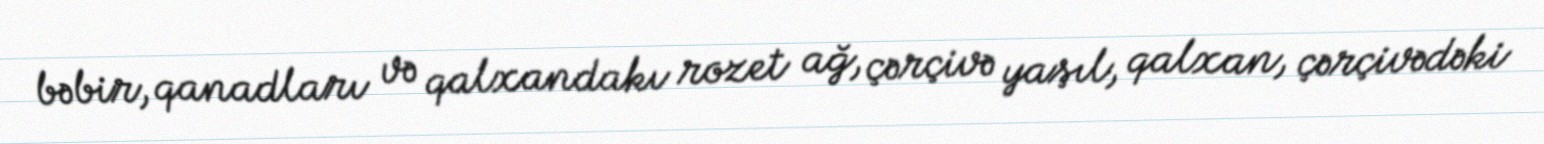
bəbir, qanadları və qalxandakı rozet ağ, çərçivə yaşıl, qalxan, çərçivədəki